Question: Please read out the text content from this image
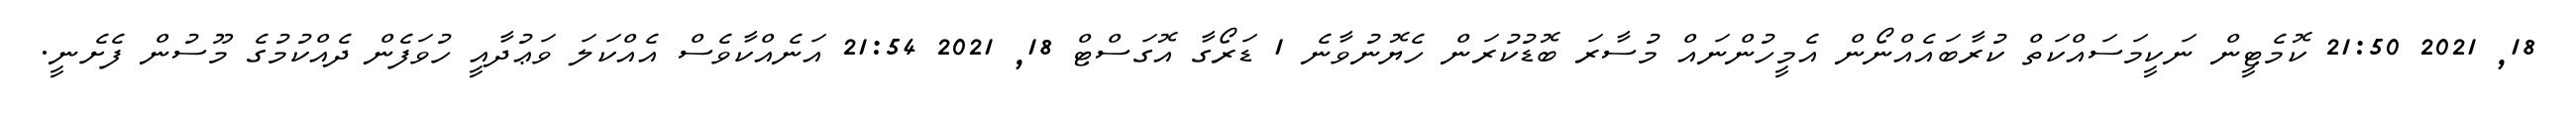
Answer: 18, 2021 21:50 ކޮމެޓީން ނަކީމަސައްކަތް ކުރާބައެއްނޯން އެމީހުންނައް މުސާރަ ބޮޑުކުރަން ހެޔޮނުވާނެ 1 ޑަރޯގާ އޮގަސްޓް 18, 2021 21:54 އަނެއްކާވެސް އެއްކަލަ ވަޢުދާއީ ހުވަފެން ދެއްކުމުގެ މޫސުން ފެށެނީ.